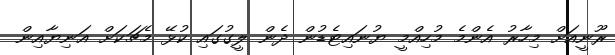
ރޫނީއަށް މިހާރު އެންމެ މުހިއްމީ ޔުނައިޓެޑުން ދެން ލީގުގައި ކުޅޭ މެޗަކަށް އަނިޔާއިން